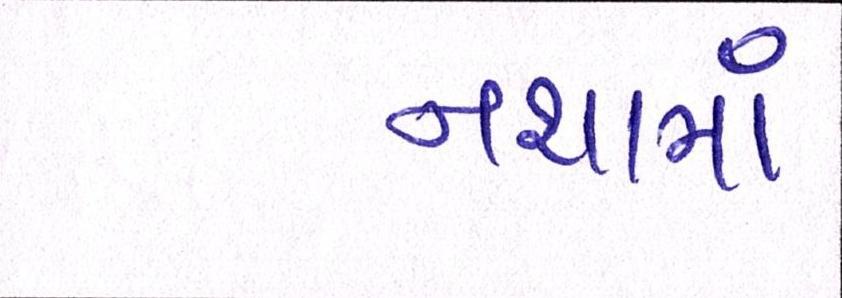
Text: નશામાં